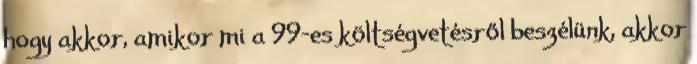
hogy akkor, amikor mi a 99-es költségvetésről beszélünk, akkor